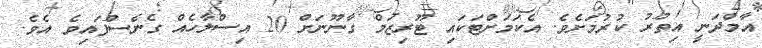
އާމްދަނީ އިތުރު ކުރުމަށެވެ. އެކަމަށްޓަކައި ޓޫރިޒަމް ގާނޫނަށް 20 އިސްލާހެއް ގެނެސްފައިވެ އެވެ.